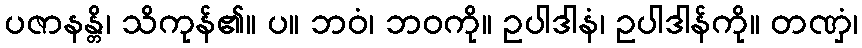
ပဇာနန္တိ၊ သိကုန်၏။ ပ။ ဘဝံ၊ ဘဝကို။ ဥပါဒါနံ၊ ဥပါဒါန်ကို။ တဏှံ၊